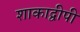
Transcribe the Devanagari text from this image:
शाकाद्वीपी